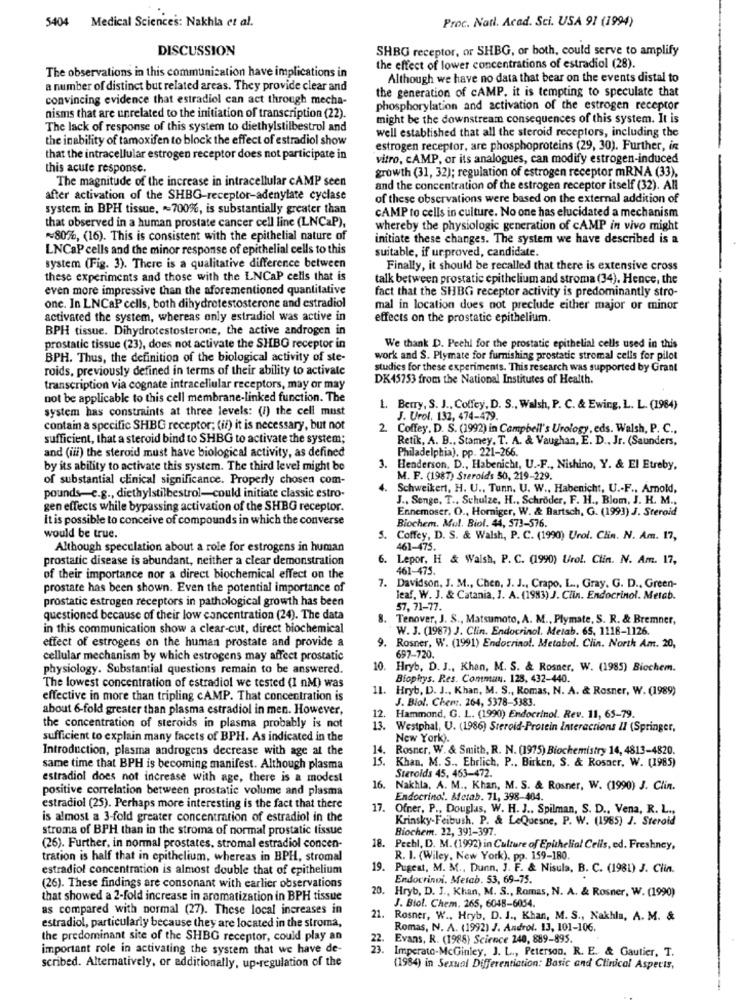
5404 Medical Sciences: Nakhla et al.
Proc. Natl. Acad. Sci. USA 91 (1994)
DISCUSSION
SHBG receptor, or SHBG, or both, could serve to amplify
The observations in this communication have implications in
the effect of lower concentrations of estradiol (28).
Although we have no data that bear on the events distal to
a number of distinct but related areas. They provide clear and
the generation of cAMP, it is tempting to speculate that
convincing evidence that estradiol can act through mecha-
phosphorylation and activation of the estrogen receptor
nisms that are unrelated to the initiation of transcription (22).
might be the downstream consequences of this system. It is
The lack of response of this system to diethylstilbestrol and
well established that all the steroid receptors, including the
the inability of tamoxifen to block the effect of estradiol show
estrogen receptor, are phosphoproteins (29, 30). Further, in
that the intracellular estrogen receptor does not participate in
vitro, cAMP, or its analogues, can modify estrogen-induced
this acute response.
growth (31, 32); regulation of estrogen receptor mRNA (33),
The magnitude of the increase in intracellular cAMP seen
and the concentration of the estrogen receptor itself (32). All
after activation of the SHBG-receptor-adenylate cyclase
of these observations were based on the external addition of
system in BPH tissue, 700%, is substantially greater than
CAMP to cells in culture. No one has elucidated a mechanism
that observed in a human prostate cancer cell line (LNCaP),
whereby the physiologic generation of cAMP in vivo might
~80%, (16). This is consistent with the epithelial nature of
initiate these changes. The system we have described is a
LNCaP cells and the minor response of epithelial cells to this
suitable, if urproved, candidate.
system (Fig. 3). There is a qualitative difference between
Finally, it should be recalled that there is extensive cross
these experiments and those with the LNCaP cells that is
talk between prostatic epithelium and stroma (34). Hence, the
even more impressive than the aforementioned quantitative
fact that the SHBG receptor activity is predominantly stro-
one. In LNCaP cells, both dihydrotestosterone and estradiol
mal in location does not preclude either major or minor
activated the system, whereas only estradiol was active in
effects on the prostatic epithelium.
BPH tissue. Dihydrotestosterone, the active androgen in
prostatic tissue (23), does not activate the SHBG receptor in
We thank D. Pechl for the prostatic epithelial cells used in this
BPH. Thus, the definition of the biological activity of ste-
work and S. Plymate for furnishing prostatic stromal cells for pilot
roids, previously defined in terms of their ability to activate
studies for these experiments. This research was supported by Grant
DK45753 from the National Institutes of Health.
transcription via cognate intracellular receptors, may or may
not be applicable to this cell membrane-linked function. The
system has constraints at three levels: (i) the cell must
1. Berry, S. J ., Coffey, D. S ., Walsh, P. C. & Ewing, L. L. (1984)
J. Urol. 132, 474-479.
contain a specific SHBG receptor; (if) it is necessary, but not
2. Coffey, D. S. (1992) in Campbell's Urology, eds. Walsh, P. C .,
sufficient, that a steroid bind to SHBG to activate the system;
Retik, A. B ., Stamey. T. A. & Vaughan, E. D ., Jr. (Saunders,
and (iii) the steroid must have biological activity, as defined
Philadelphia). pp. 221-266.
by its ability to activate this system. The third level might be
3. Henderson, D ., Habenicht, U .- F ., Nishino, Y. & El Etreby,
of substantial clinical significance. Properly chosen com-
M. F. (1987) Steroids 50, 219-229.
4. Schweikert, H. U ., Tunn. U. W ., Habenicht, U .. F ., Amold,
pounds-e.g ., diethylstilbestrol-could initiate classic estro-
J ., Senge, T .. Schulze, H ., Schröder, F. H ., Blom, J. H. M .,
gen effects while bypassing activation of the SHBG receptor.
Ennemoser, O ., Horniger, W. & Bartsch, G. (1993) J. Steroid
It is possible to conceive of compounds in which the converse
Biochem. Mul. Biol. 44, 573-576.
would be true.
5. Coffey, D. S. & Walsh, P. C. (1990) Urol. Clin. N. Am. 17,
Although speculation about a role for estrogens in human
461-475.
prostatic disease is abundant, neither a clear demonstration
6. Lepor, H & Walsh, P. C. (1990) Urol. Clin. N. Am. 17,
461-475.
of their importance nor a direct biochemical effect on the
prostate has been shown. Even the potential importance of
7. Davidson, J. M ., Chen, J. J ., Crapo. L ., Gray. G. D ., Green-
prostatic estrogen receptors in pathological growth has been
leaf, W. J. & Catania, J. A. (1983) J. Clin. Endocrinol. Metab.
57, 71-77.
questioned because of their low concentration (24). The data
8.
Tenover, J. S ., Matsumoto, A. M ., Plymate, S. R. & Bremner,
in this communication show a clear-cut, direct biochemical
W. J. (1987) J. Clin. Endocrinol. Melab. 65, 1118-1126.
effect of estrogens on the human prostate and provide a
9. Rosner, W. (1991) Endocrinol. Metabol. Clin. North Am. 20,
cellular mechanism by which estrogens may affect prostatic
697-720.
physiology. Substantial questions remain to be answered.
10. Hryb. D. J ., Khan, M. S. & Rosner, W. (1985) Biochem.
The lowest concentration of estradiol we tested (1 nM) was
Biophys. Res. Commun. 128, 432-440.
11. Hryb, D. J ., Khan, M. S ., Romas, N. A. & Rosner, W. (1989)
effective in more than tripling cAMP. That concentration is
J. Biol. Chem. 264, 5378-5383.
about 6-fold greater than plasma estradiol in men. However,
12.
Hammond, G. L. (1990) Endocrinol. Rev. 11, 65-79.
the concentration of steroids in plasma probably is not
13.
Westphal, U. (1986) Steroid-Protein Interactions II (Springer,
sufficient to explain many facets of BPH. As indicated in the
New York).
Introduction, plasma androgens decrease with age at the
14. Rosner, W. & Smith, R. N. (1975) Biochemistry 14, 4813-4820.
15 .
Khan, M. S ., Ehrlich, P ., Birken, S. & Rosaer, W. (1985)
same time that BPH is becoming manifest. Although plasma
estradiol does not increase with age, there is a modest
Steroids 45, 463-472.
positive correlation between prostatic volume and plasma
16.
Nakhla, A. M ., Khan, M. S. & Rosner, W. (1990) J. Clin.
Endocrino !. Metab. 71, 398-404.
estradiol (25). Perhaps more interesting is the fact that there
17.
Ofner, P ., Douglas, W. H. J .. Spilman, S. D ., Vena, R. L .,
is almost a 3-fold greater concentration of estradiol in the
Krinsky-Feibush. P. & LeQuesne, P. W. (1985) J. Steroid
stroma of BPH than in the stroma of normal prostatic tissue
Biochem. 22, 391-397.
18.
(26). Further, in normal prostates, stromal estradiol concen-
Pechl, D. M. (1992) in Culture of Epithelial Cells, ed. Freshney,
tration is half that in epithelium, whereas in BPH, stromal
R. I. (Wiley, New York), pp. 159-180.
estradiol concentration is almost double that of epithelium
19.
Pugest, M. M ., Dunn, J. F. & Nisula, B. C. (1981) J. Clin.
Endocrinvi. Metab. 53, 69-75.
(26). These findings are consonant with carlier observations
20.
Hryb, D. J ., Khan, M. S ., Romas, N. A. & Rosner, W. (1990)
that showed a 2-fold increase in aromatization in BPH tissue
J. Biol. Chem. 265, 6048-6054.
as compared with normal (27). These local increases in
21. Rosner, W ., Hryb, D. J ., Khan, M. S ., Nakhla, A. M. &
estradiol, particularly because they are located in the stroma,
Romas, N. A. (1992) J. Androl. 13, 101-106.
the predominant site of the SHBG receptor, could play an
22.
Evans, R. (1988) Science 240, 889-895.
important role in activating the system that we have de-
23.
Imperato-McGinley, J. L ., Peterson. R. E. & Gautier, T.
scribed. Alternatively, or additionally, up-regulation of the
(1984) in Sexual Diferentiation: Basic and Clinical Aspects,